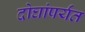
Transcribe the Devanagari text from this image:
दोघांपर्यंत